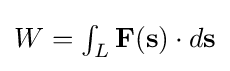
{\textstyle W=\int _{L}\mathbf {F} (\mathbf {s} )\cdot d\mathbf {s} }